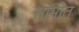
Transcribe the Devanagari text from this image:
सामीत